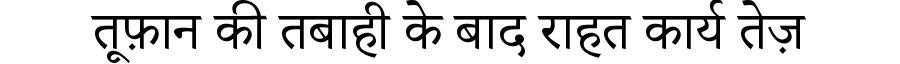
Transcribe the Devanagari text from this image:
तूफ़ान की तबाही के बाद राहत कार्य तेज़